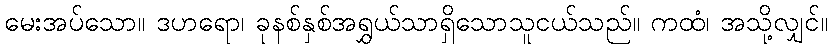
မေးအပ်သော။ ဒဟရော၊ ခုနစ်နှစ်အရွှယ်သာရှိသောသူငယ်သည်။ ကထံ၊ အသို့လျှင်။